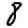
Digit: 8